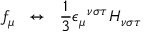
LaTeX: f _ { \mu } \; \; \leftrightarrow \; \; \frac { 1 } { 3 } \epsilon _ { \mu } ^ { \; \; \nu \sigma \tau } H _ { \nu \sigma \tau }